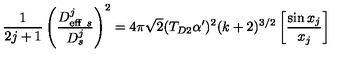
{ \frac { 1 } { 2 j + 1 } } \left( { \frac { D _ { \mathrm { e f f } \ s } ^ { j } } { D _ { s } ^ { j } } } \right) ^ { 2 } = 4 \pi \sqrt { 2 } ( T _ { D 2 } \alpha ^ { \prime } ) ^ { 2 } ( k + 2 ) ^ { 3 / 2 } \left[ { \frac { \sin x _ { j } } { x _ { j } } } \right]